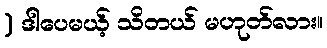
) ဒါပေမယ့် သိတယ် မဟုတ်လား။